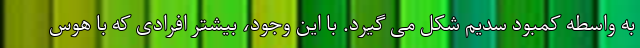
به واسطه کمبود سدیم شکل می گیرد. با این وجود، بیشتر افرادی که با هوس